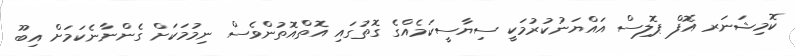
ކޮމިޝަނަރ އޮފް ޕޮލިސް އައްޔަނުކުރުމަކީ ސިޔާސީކަމެއްގެ ގޮތުގައި އޮތްއޮތުންވެސް ނިމުމަކަށް ގެންނާނެކަމަށް އިބޫ